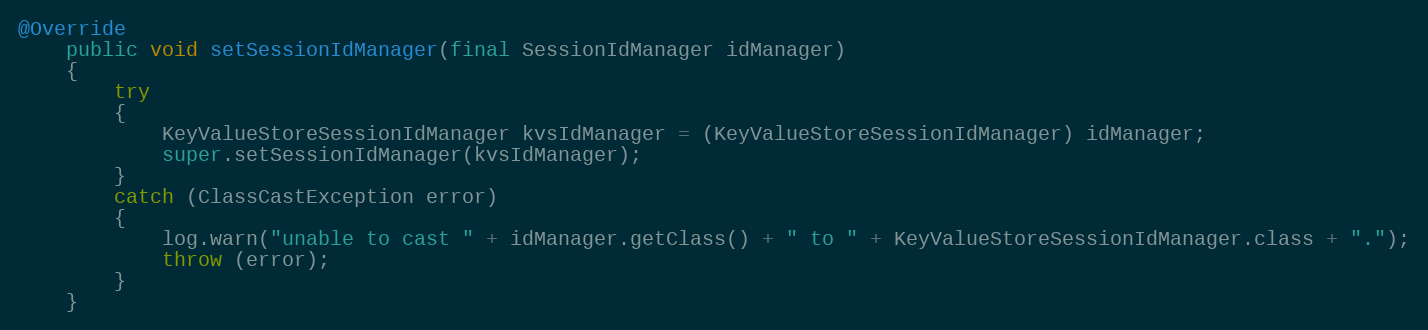
Language: Java
@Override
    public void setSessionIdManager(final SessionIdManager idManager)
    {
        try
        {
            KeyValueStoreSessionIdManager kvsIdManager = (KeyValueStoreSessionIdManager) idManager;
            super.setSessionIdManager(kvsIdManager);
        }
        catch (ClassCastException error)
        {
            log.warn("unable to cast " + idManager.getClass() + " to " + KeyValueStoreSessionIdManager.class + ".");
            throw (error);
        }
    }